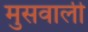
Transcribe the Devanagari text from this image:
मुसवाली